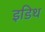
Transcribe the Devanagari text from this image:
इडिथ